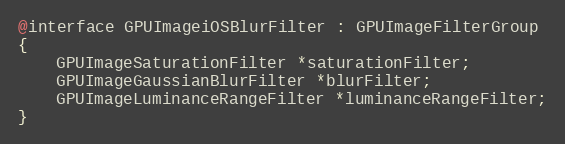
Language: C
@interface GPUImageiOSBlurFilter : GPUImageFilterGroup
{
    GPUImageSaturationFilter *saturationFilter;
    GPUImageGaussianBlurFilter *blurFilter;
    GPUImageLuminanceRangeFilter *luminanceRangeFilter;
}